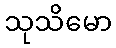
သုသိမော